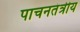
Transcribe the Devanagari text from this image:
पाचनतंत्रीय